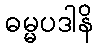
ဓမ္မပဒါနိ